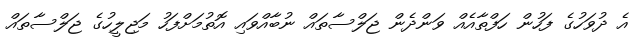
އެ ދުވަހުގެ ފަހުން ހަފްތާއެއް ވަންދެން ޖަލްސާތައް ނުބާއްވައި އޮތުމަށްފަހު މަޖިލީހުގެ ޖަލްސާތައް